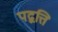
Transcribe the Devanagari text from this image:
पद्वत्ति